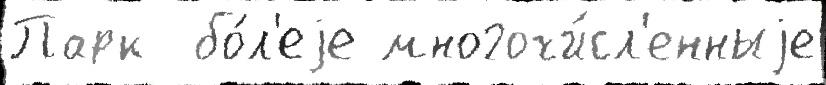
Парк  бо́л'еjе многочи́сл'енныjе